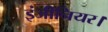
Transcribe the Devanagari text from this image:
इंजीनियर।